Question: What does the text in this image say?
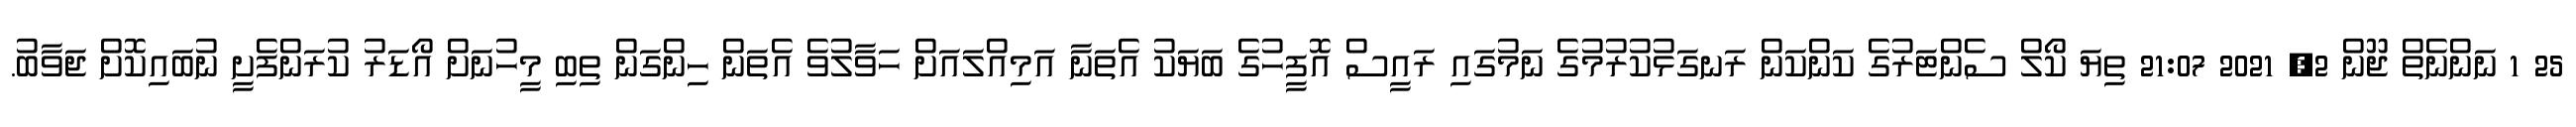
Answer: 25 1 ނަންނެތް ޖޫން 2, 2021 21:07 ތިޔަ ކޯލް ސެންޓަރުގެ ކަންކަން ރަނގަޅުކުރުމުގެ ނަމުގައި ރައީސް އޮފީހުގެ ބަޔަކު އެތަނާ އަމިއްލައަށް ހަވާލުވެ އެތަން ހިންގަން ތިބި މީހުނަށް އޯޑަރު ކުރަންފެށީ ނުބައިކޮށް ޖަވާބު.